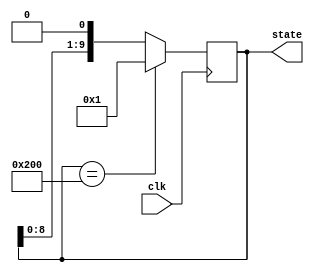
module counter10(
	input clk,
	output reg [9:0] state );

initial begin
	state = 10'b0000_0000_01;
end	
	
always @(posedge clk) begin
	if (state == 10'b1000_0000_00) begin
		state <= #1 10'b0000_0000_01;
	end
	else begin
		state <= #1 (state << 1'b1 );
	end	
end
endmodule